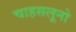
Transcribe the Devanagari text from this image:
चाहसलूनो